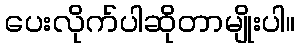
ပေးလိုက်ပါဆိုတာမျိုးပါ။